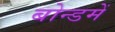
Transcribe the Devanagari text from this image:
बोन्डमें